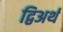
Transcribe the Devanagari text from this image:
द्विअर्थ